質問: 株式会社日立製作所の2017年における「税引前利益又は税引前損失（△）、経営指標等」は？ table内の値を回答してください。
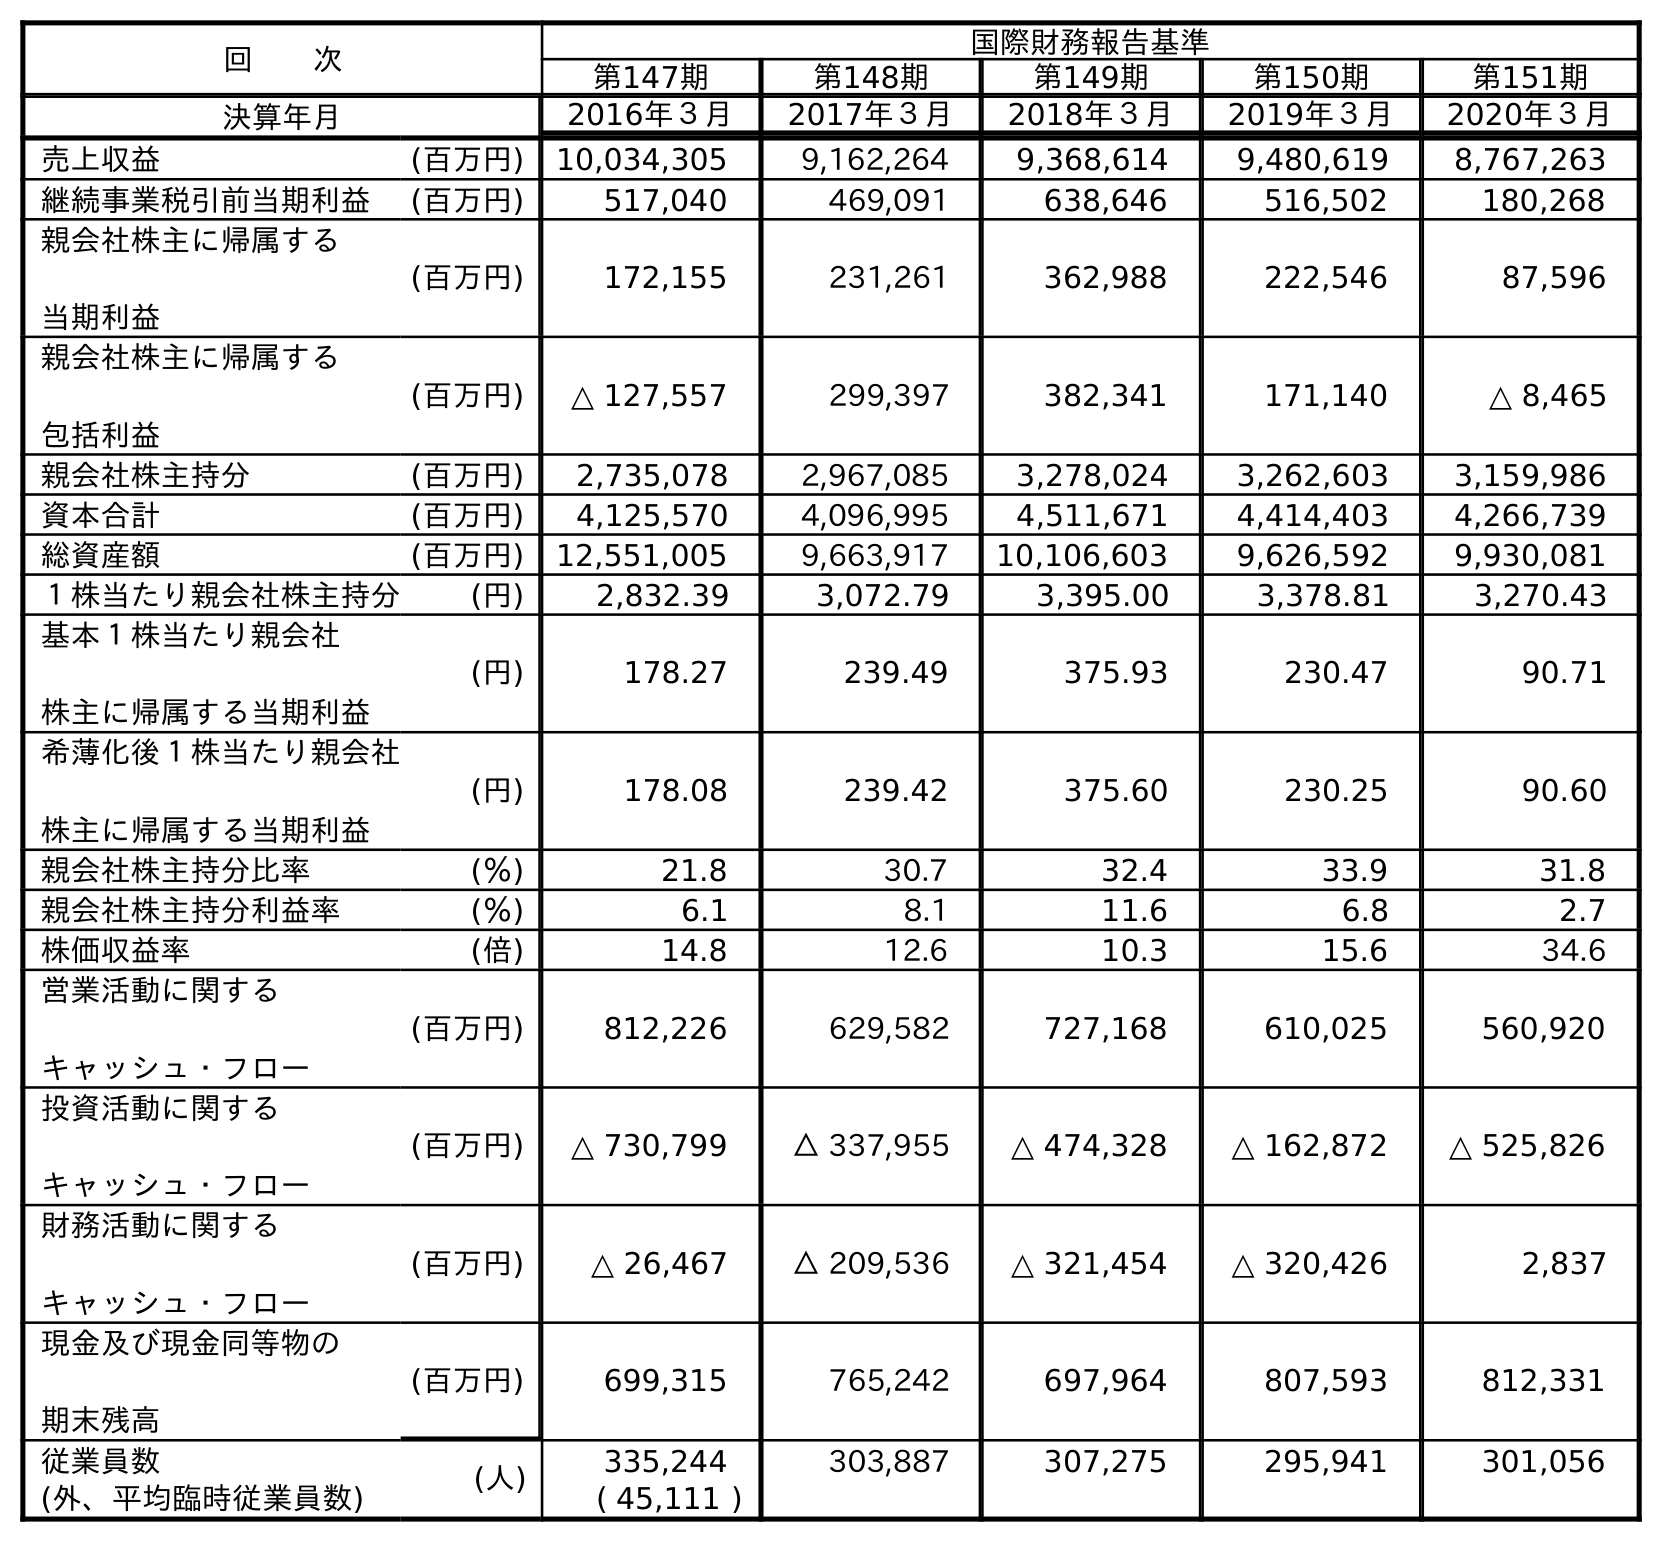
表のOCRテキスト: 回  次 国際財務報告基準 第147期 第148期 第149期 第150期 第151期 決算年月 2016年３月 2017年３月 2018年３月 2019年３月 2020年３月 売上収益 (百万円) 10,034,305 9,162,264 9,368,614 9,480,619 8,767,263 継続事業税引前当期利益 (百万円) 517,040 469,091 638,646 516,502 180,268 親会社株主に帰属する 当期利益 (百万円) 172,155 231,261 362,988 222,546 87,596 親会社株主に帰属する 包括利益 (百万円) △ 127,557 299,397 382,341 171,140 △ 8,465 親会社株主持分 (百万円) 2,735,078 2,967,085 3,278,024 3,262,603 3,159,986 資本合計 (百万円) 4,125,570 4,096,995 4,511,671 4,414,403 4,266,739 総資産額 (百万円) 12,551,005 9,663,917 10,106,603 9,626,592 9,930,081 １株当たり親会社株主持分 (円) 2,832.39 3,072.79 3,395.00 3,378.81 3,270.43 基本１株当たり親会社 株主に帰属する当期利益 (円) 178.27 239.49 375.93 230.47 90.71 希薄化後１株当たり親会社 株主に帰属する当期利益 (円) 178.08 239.42 375.60 230.25 90.60 親会社株主持分比率 (％) 21.8 30.7 32.4 33.9 31.8 親会社株主持分利益率 (％) 6.1 8.1 11.6 6.8 2.7 株価収益率 (倍) 14.8 12.6 10.3 15.6 34.6 営業活動に関する キャッシュ・フロー (百万円) 812,226 629,582 727,168 610,025 560,920 投資活動に関する キャッシュ・フロー (百万円) △ 730,799 △ 337,955 △ 474,328 △ 162,872 △ 525,826 財務活動に関する キャッシュ・フロー (百万円) △ 26,467 △ 209,536 △ 321,454 △ 320,426 2,837 現金及び現金同等物の 期末残高 (百万円) 699,315 765,242 697,964 807,593 812,331 従業員数 (人) 335,244 303,887 307,275 295,941 301,056 (外、平均臨時従業員数) ( 45,111 )
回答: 469,091